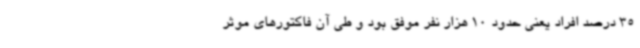
35 درصد افراد یعنی حدود 10 هزار نفر موفق بود و طی آن فاکتورهای موثر